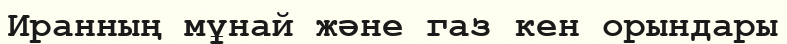
Иранның мұнай және газ кен орындары